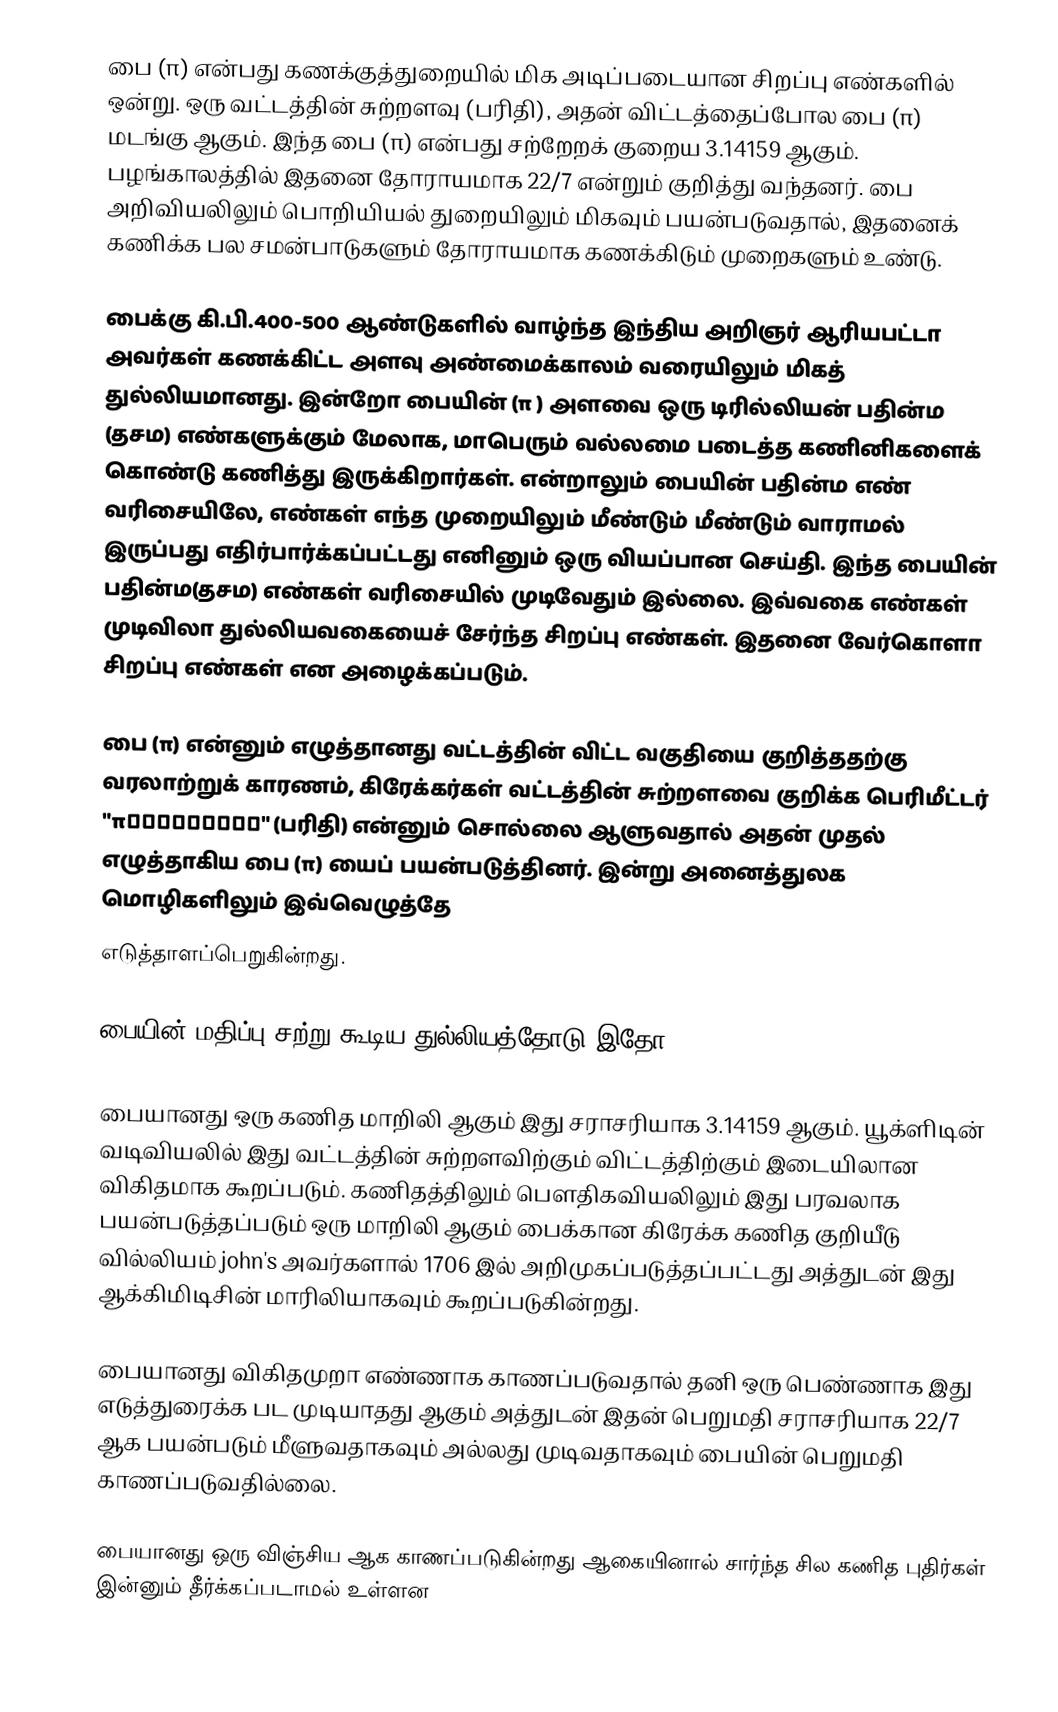
பை (π) என்பது கணக்குத்துறையில் மிக அடிப்படையான சிறப்பு எண்களில் ஒன்று. ஒரு வட்டத்தின் சுற்றளவு (பரிதி), அதன் விட்டத்தைப்போல பை (π) மடங்கு ஆகும். இந்த பை (π) என்பது சற்றேறக் குறைய 3.14159 ஆகும். பழங்காலத்தில் இதனை தோராயமாக 22/7 என்றும் குறித்து வந்தனர். பை அறிவியலிலும் பொறியியல் துறையிலும் மிகவும் பயன்படுவதால், இதனைக் கணிக்க பல சமன்பாடுகளும் தோராயமாக கணக்கிடும் முறைகளும் உண்டு.

பைக்கு கி.பி.400-500 ஆண்டுகளில் வாழ்ந்த இந்திய அறிஞர் ஆரியபட்டா அவர்கள் கணக்கிட்ட அளவு அண்மைக்காலம் வரையிலும் மிகத் துல்லியமானது. இன்றோ பையின் (π ) அளவை ஒரு டிரில்லியன் பதின்ம (தசம) எண்களுக்கும் மேலாக, மாபெரும் வல்லமை படைத்த கணினிகளைக் கொண்டு கணித்து இருக்கிறார்கள். என்றாலும் பையின் பதின்ம எண் வரிசையிலே, எண்கள் எந்த முறையிலும் மீண்டும் மீண்டும் வாராமல் இருப்பது எதிர்பார்க்கப்பட்டது எனினும் ஒரு வியப்பான செய்தி. இந்த பையின் பதின்ம(தசம) எண்கள் வரிசையில் முடிவேதும் இல்லை. இவ்வகை எண்கள் முடிவிலா துல்லியவகையைச் சேர்ந்த சிறப்பு எண்கள். இதனை வேர்கொளா சிறப்பு எண்கள்  என அழைக்கப்படும்.

பை (π) என்னும் எழுத்தானது வட்டத்தின் விட்ட வகுதியை குறித்ததற்கு வரலாற்றுக் காரணம், கிரேக்கர்கள் வட்டத்தின் சுற்றளவை குறிக்க பெரிமீட்டர் "περίμετρον" (பரிதி) என்னும் சொல்லை ஆளுவதால் அதன் முதல் எழுத்தாகிய பை (π) யைப் பயன்படுத்தினர். இன்று அனைத்துலக மொழிகளிலும் இவ்வெழுத்தே
எடுத்தாளப்பெறுகின்றது.

பையின் மதிப்பு சற்று கூடிய துல்லியத்தோடு இதோ:

பையானது ஒரு கணித மாறிலி ஆகும் இது சராசரியாக 3.14159 ஆகும். யூக்ளிடின் வடிவியலில் இது வட்டத்தின் சுற்றளவிற்கும் விட்டத்திற்கும் இடையிலான விகிதமாக கூறப்படும். கணிதத்திலும் பௌதிகவியலிலும் இது பரவலாக பயன்படுத்தப்படும் ஒரு மாறிலி ஆகும் பைக்கான கிரேக்க கணித குறியீடு வில்லியம் john's அவர்களால் 1706 இல் அறிமுகப்படுத்தப்பட்டது அத்துடன் இது ஆக்கிமிடிசின் மாரிலியாகவும் கூறப்படுகின்றது.

பையானது விகிதமுறா எண்ணாக காணப்படுவதால் தனி ஒரு பெண்ணாக இது எடுத்துரைக்க பட முடியாதது ஆகும் அத்துடன் இதன் பெறுமதி சராசரியாக 22/7 ஆக பயன்படும் மீளுவதாகவும் அல்லது முடிவதாகவும் பையின் பெறுமதி காணப்படுவதில்லை.

பையானது ஒரு விஞ்சிய ஆக காணப்படுகின்றது ஆகையினால் சார்ந்த சில கணித புதிர்கள் இன்னும் தீர்க்கப்படாமல் உள்ளன